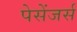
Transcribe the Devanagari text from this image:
पेसेंजर्स